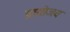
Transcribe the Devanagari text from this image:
प्रायोजय